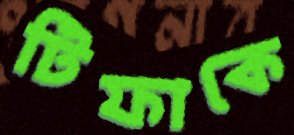
টিফাকে